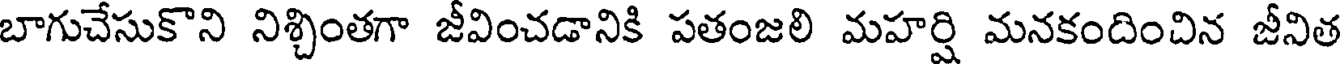
బాగుచేసుకొని నిశ్చింతగా జీవించడానికి పతంజలి మహర్షి మనకందించిన జీనిత